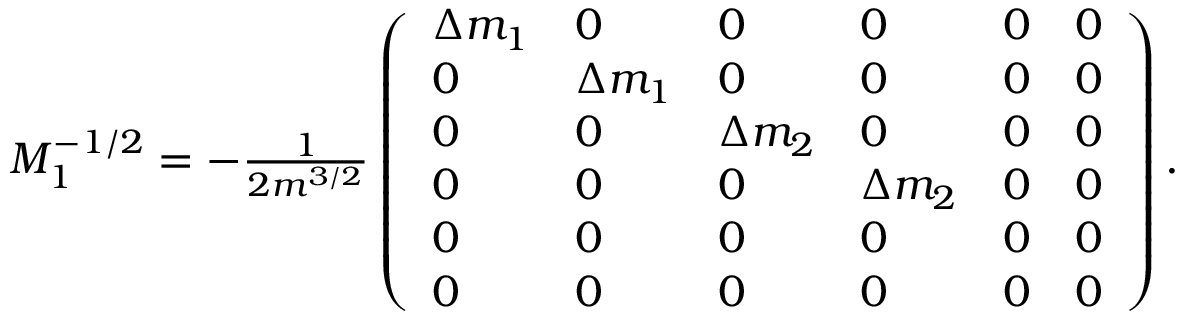
\begin{array} { r } { M _ { 1 } ^ { - 1 / 2 } = - \frac { 1 } { 2 m ^ { 3 / 2 } } \left( \begin{array} { l l l l l l } { \Delta m _ { 1 } } & { 0 } & { 0 } & { 0 } & { 0 } & { 0 } \\ { 0 } & { \Delta m _ { 1 } } & { 0 } & { 0 } & { 0 } & { 0 } \\ { 0 } & { 0 } & { \Delta m _ { 2 } } & { 0 } & { 0 } & { 0 } \\ { 0 } & { 0 } & { 0 } & { \Delta m _ { 2 } } & { 0 } & { 0 } \\ { 0 } & { 0 } & { 0 } & { 0 } & { 0 } & { 0 } \\ { 0 } & { 0 } & { 0 } & { 0 } & { 0 } & { 0 } \end{array} \right) . } \end{array}